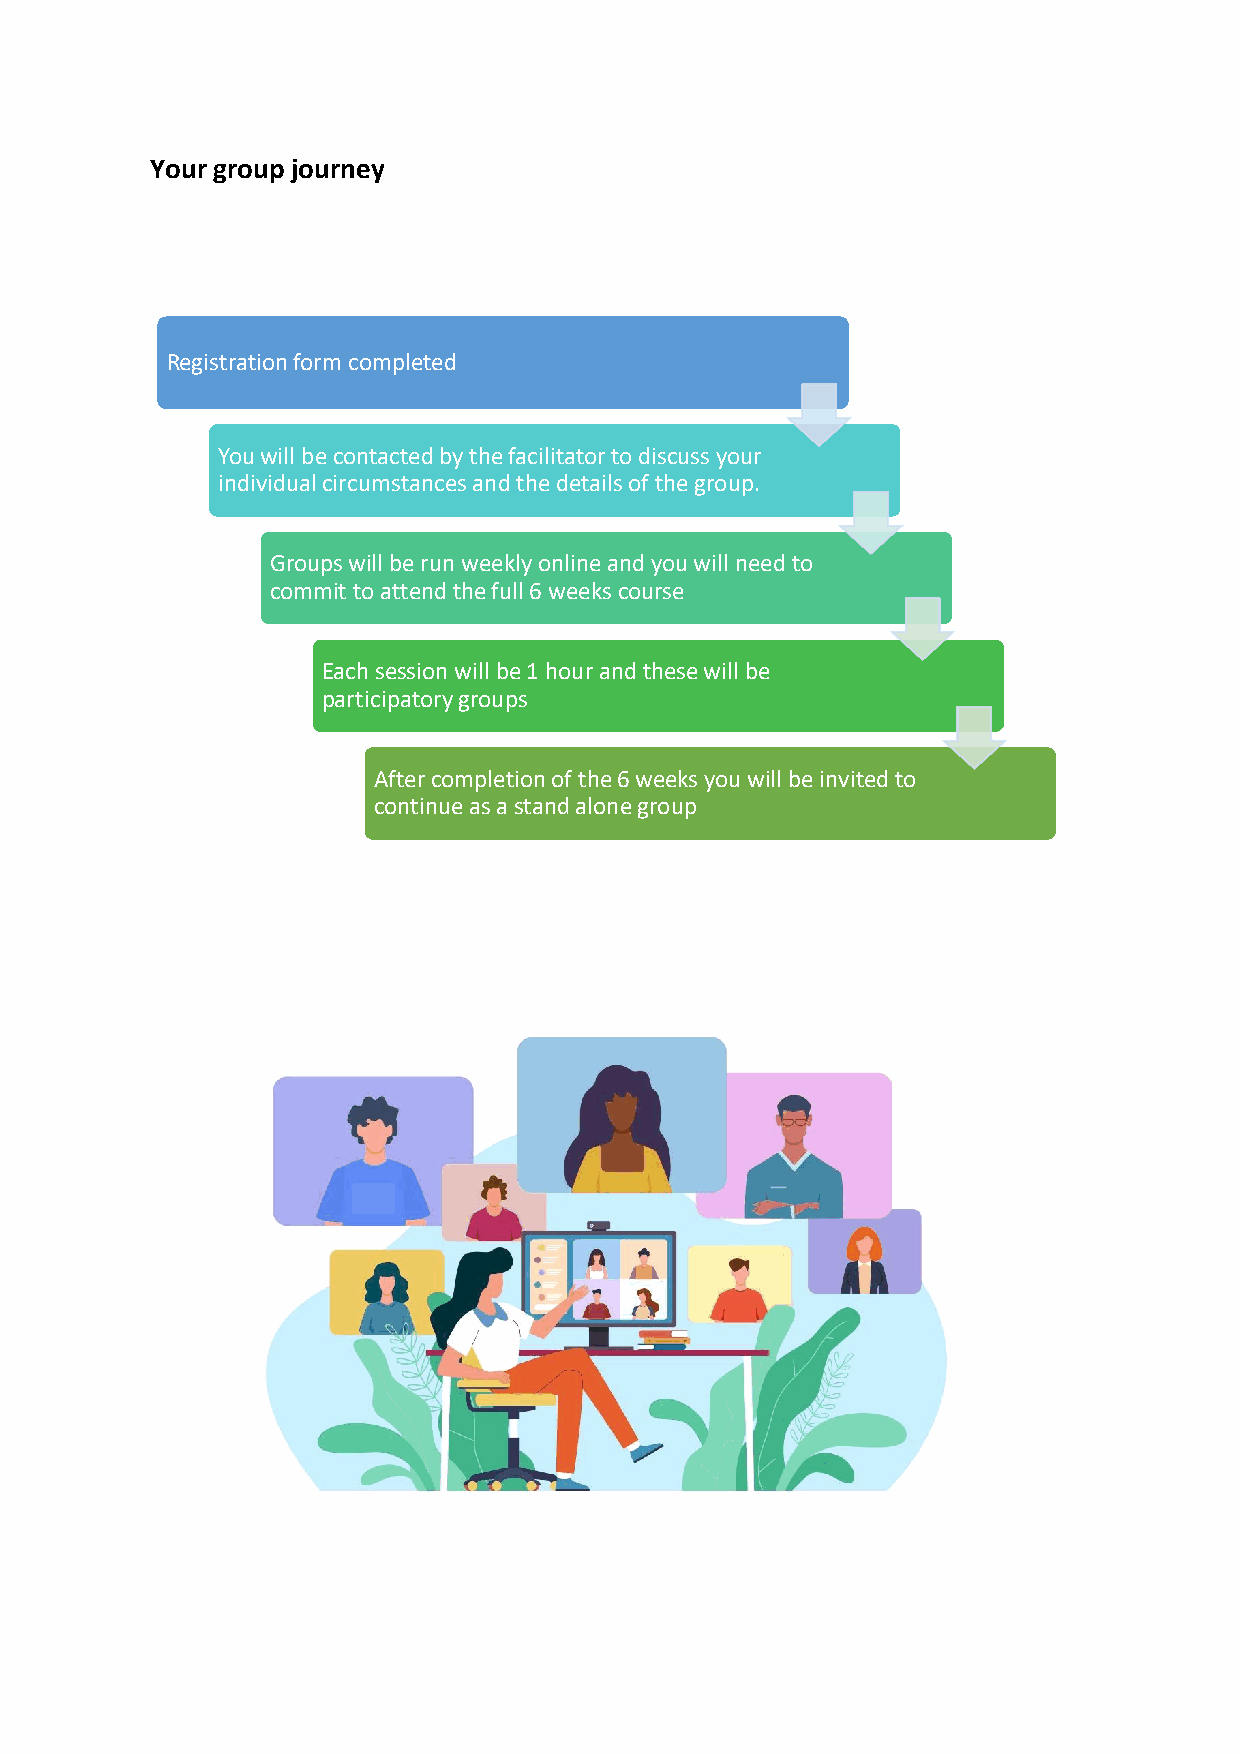
Your group journey
 Registration form completed
 You will be contacted by the facilitator to discuss your
 individual circumstances and the details of the group.
 Groups will be run weekly online and you will need to
 commit to attend the full 6 weeks course
 Each session will be 1 hour and these will be
 participatory groups
 After completion of the 6 weeks you will be invited to
 continue as a stand alone group